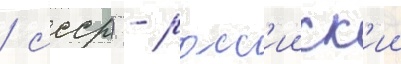
/ ссср) - росс'ииск'ии